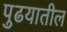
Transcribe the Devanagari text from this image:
पुढयातील